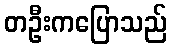
တဦးကပြောသည်